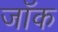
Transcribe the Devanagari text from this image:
जाॅक